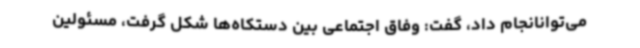
می‌توانانجام داد، گفت: وفاق اجتماعی بین دستکاه‌ها شکل گرفت، مسئولین